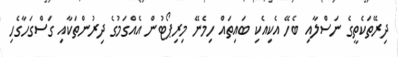
ދިރޭތަކެތީގެ ނަސްލާއި ބެހޭ އެކިއެކި ބައިތައް ހިމެނޭ މިރިޕޯޓުން އެއްގަމުގެ ދިރުންތަކާއި ގަސްގަހާގެހި